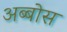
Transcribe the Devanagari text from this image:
अब्बोस